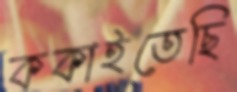
ককাইতেছি